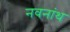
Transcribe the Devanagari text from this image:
नवनांथ